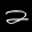
Label: 2